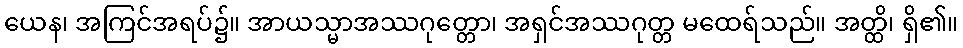
ယေန၊ အကြင်အရပ်၌။ အာယသ္မာအဿဂုတ္တော၊ အရှင်အဿဂုတ္တ မထေရ်သည်။ အတ္ထိ၊ ရှိ၏။